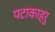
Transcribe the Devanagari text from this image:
पटाकाहरु